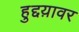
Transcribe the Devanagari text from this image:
हुद्दय़ावर